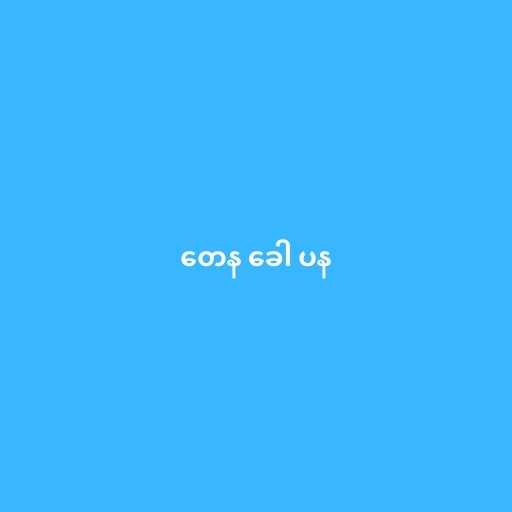
တေန ခေါ ပန